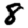
Digit: 8